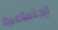
إجتماعية